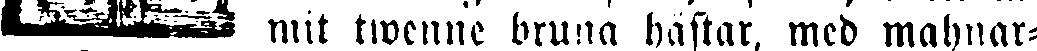
mit twenne bruna häftar, med mahnar-